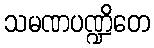
သမဏပဏ္ဍိတေ